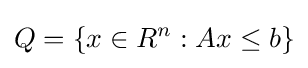
Q=\{x\in R^{n}:Ax\leq b\}